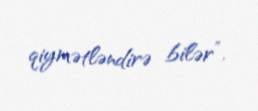
qiymətləndirə bilər”.